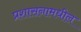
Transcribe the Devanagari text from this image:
प्रशासनामधील